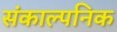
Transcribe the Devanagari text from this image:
संकाल्पनिक